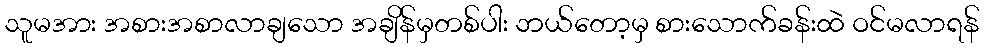
သူမအား အစားအစာလာချသော အချိန်မှတစ်ပါး ဘယ်တော့မှ စားသောက်ခန်းထဲ ဝင်မလာရန်